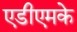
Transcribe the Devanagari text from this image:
एडीएमके